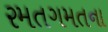
રમતગમતના